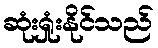
ဆုံးရှုံးနိုင်သည်